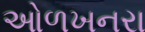
ઓળખનરા